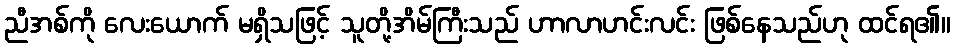
ညီအစ်ကို လေးယောက် မရှိသဖြင့် သူတို့အိမ်ကြီးသည် ဟာလာဟင်းလင်း ဖြစ်နေသည်ဟု ထင်ရ၏။